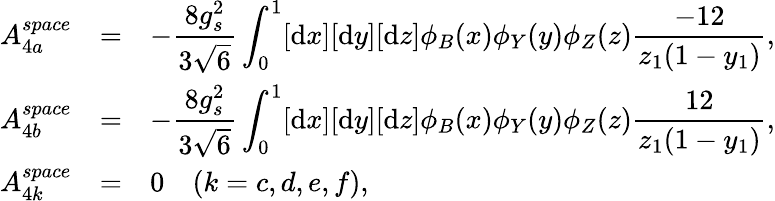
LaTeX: \begin{array}{rcl}{{A_{4a}^{space}}}&{{=}}&{{-\displaystyle\frac{8g_{s}^{2}}{3\sqrt{6}}\int_{0}^{1}[\mathrm{d}x][\mathrm{d}y][\mathrm{d}z]\phi_{B}(x)\phi_{Y}(y)\phi_{Z}(z)\displaystyle\frac{-12}{z_{1}(1-y_{1})},}}\\ {{A_{4b}^{space}}}&{{=}}&{{-\displaystyle\frac{8g_{s}^{2}}{3\sqrt{6}}\int_{0}^{1}[\mathrm{d}x][\mathrm{d}y][\mathrm{d}z]\phi_{B}(x)\phi_{Y}(y)\phi_{Z}(z)\displaystyle\frac{12}{z_{1}(1-y_{1})},}}\\ {{A_{4k}^{space}}}&{{=}}&{{0~~~~(k=c,d,e,f),}}\end{array}